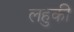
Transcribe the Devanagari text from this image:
लहुकी